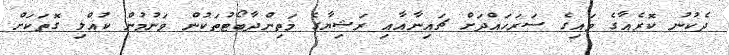
ދެކުނު ކޮރެއާގެ ވައިގެ ސަރަހައްދަށް ޗައިނާއާއި ރަޝިޔާގެ މަތިންދާބޯޓުތަކުން ވަނުމުން ކުއްލި ގޮތަކަށް